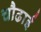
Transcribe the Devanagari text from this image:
चौढाई